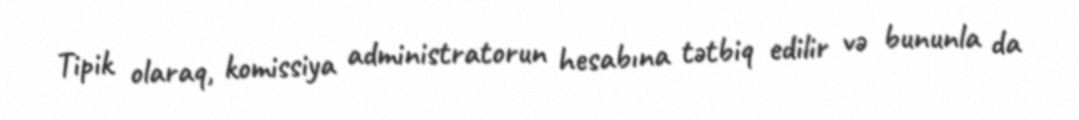
Tipik olaraq, komissiya administratorun hesabına tətbiq edilir və bununla da